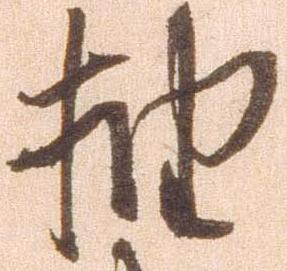
抽